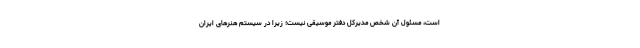
است، مسئول آن شخص مدیرکل دفتر موسیقی نیست؛ زیرا در سیستم هنرهای ایران